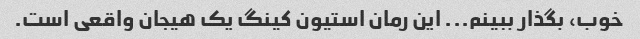
خوب، بگذار ببینم... این رمان استیون کینگ یک هیجان واقعی است.